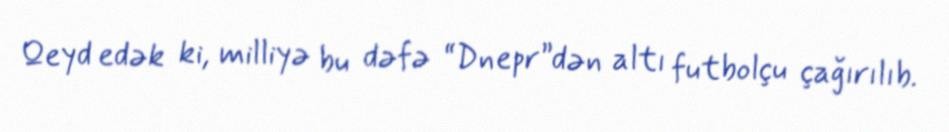
Qeyd edək ki, milliyə bu dəfə “Dnepr”dən altı futbolçu çağırılıb.